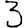
Digit: 3